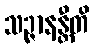
သဉ္ဇာနန္တီတိ